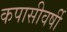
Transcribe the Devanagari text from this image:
कपासीवर्षी